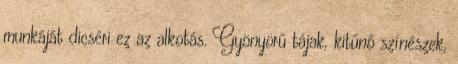
munkáját dicséri ez az alkotás. Gyönyörű tájak, kitűnő színészek,